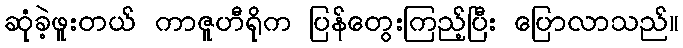
ဆုံခဲ့ဖူးတယ် ကာဇူဟီရိုက ပြန်တွေးကြည့်ပြီး ပြောလာသည်။